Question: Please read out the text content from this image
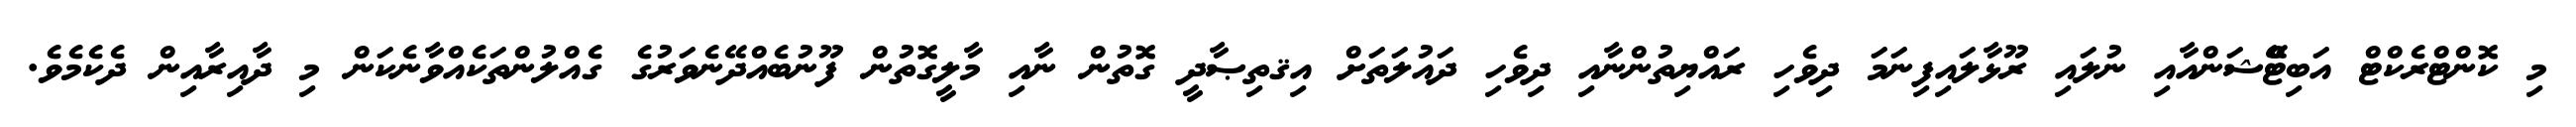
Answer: މި ކޮންޓްރެކްޓް އަބިޓްޭޝަންއާއި ނުލައި ރޫޅާލައިފިނަމަ ދިވެހި ރައްޔިތުންނާއި ދިވެހި ދައުލަތަށް އިޤތިޞާދީ ގޮތުން ނާއި މާލީގޮތުން ފޫނުބެއްދޭނެވަރުގެ ގެއްލުންތަކެއްވާނެކަން މި ދާއިރާއިން ދެކެމެވެ.